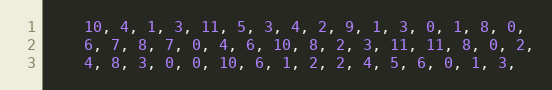
Language: C
    10, 4, 1, 3, 11, 5, 3, 4, 2, 9, 1, 3, 0, 1, 8, 0,
    6, 7, 8, 7, 0, 4, 6, 10, 8, 2, 3, 11, 11, 8, 0, 2,
    4, 8, 3, 0, 0, 10, 6, 1, 2, 2, 4, 5, 6, 0, 1, 3,